Insane asylums in Bengal annual reports 1867-1875 - 1867-1875
Year: 1867
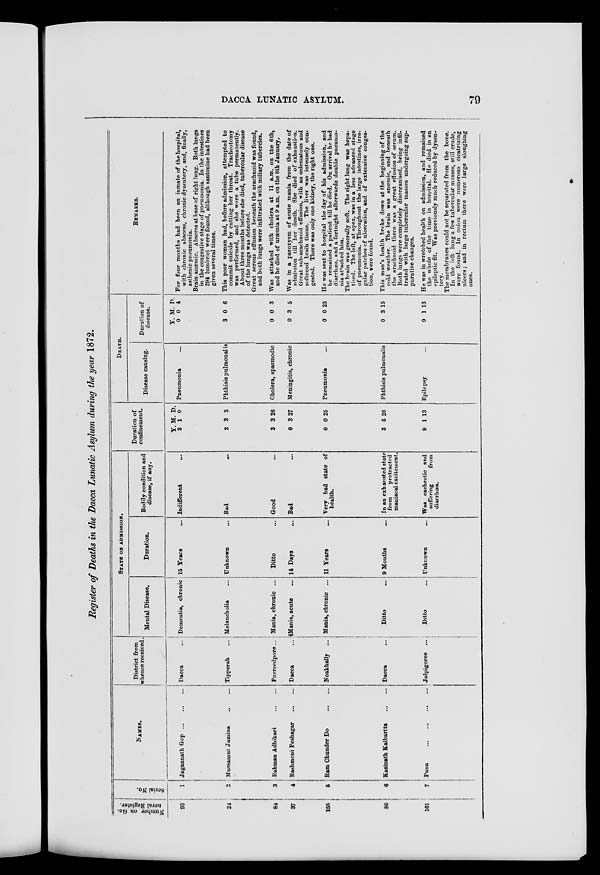
DACCA LUNATIC ASYLUM.
79
Register of Deaths in the Dacca Lunatic Asylum during the year 1872.
Number on Ge-
neral Register.
93
24
84
37
158
80
161
Serial No.
1
2
3
4
5
6
7
NAMES.
Jagannath Gop
...
...
...
Mussamut Jamina
...
...
Rahman Adhikari
...
...
Rashmoni Peshagar
...
...
Ram Chunder Do
...
...
Kasinath Kaibartta
...
...
Pusu
...
...
...
...
District from
whence received.
Dacca ...
Tipperah ...
Furreedpore ...
Dacca ...
Noakhally ...
Dacca ...
Julpigoree ...
STATE ON ADMISSION.
Mental Disease.
Dementia, chronic
Melancholia ...
Mania, chronic ...
Mania, acute ...
Mania, chronic ...
Ditto ...
Ditto ...
Duration.
15 Years ...
Unknown ...
Ditto ...
14 Days ...
11 Years ...
9 Months ...
Unknown ...
Bodily condition and
disease, if any.
Indifferent ...
Bad
...
Good ...
Bad ...
Very bad state of
health.
In an exhausted state
from
protracted
maniacal excitement.
Was cachectic and
suffering
from
diarrhœa.
Duration of
confinement.
Y.
3
2
3
0
0
3
9
M
1
3
3
3
0
5
1
D.
0
3
26
27
25
26
13
DEATH.
Disease causing.
Pneumonia ...
Phthisis pulmonalis
Cholera, spasmodic
Meningitis, chronic
Pneumonia ...
Phthisis pulmonalis
Epilepsy ...
Duration of
disease.
Y.
0
3
0
0
0
0
0
M.
0
0
0
3
0
3
1
D.
4
6
3
5
25
15
13
REMARKS.
For four months had been an inmate of the hospital,
with chronic abscess, chronic dysentery, and, finally,
asthenic pneumonia.
Brain anaemic. Abscess at base of right lung. Both lungs
in the congestive stage of pneumonia. In the intestines
294 lumbrici were found, although santonine had been
given several times.
This poor woman had, before admission, attempted to
commit suicide by cutting her throat. Tracheotomy
was performed, and she wore a tube permanently.
About three months before she died, tubercular disease
of the lungs was detected.
Great serous effusion beneath the arachnoid was found,
and both lungs were infiltrated with miliary tubercles.
Was attacked with cholera at 11 a.m. on the 6th,
and he died of uraemia at 9 a.m. on the 8th January.
Was in a paroxysm of acute mania from the date of
admission till her death. She died of exhaustion.
Great sub-arachnoid effusion, with an œdematous and
softened brain tissue. The liver was intensely con-
gested. There was only one kidney, the right one.
He was sent to hospital the day of his admission, and
he remained a patient till he died. On arrival he had
diarrhœa, and a fortnight afterwards double pneumo-
nia attacked him.
The brain was generally soft. The right lung was hepa-
tised. The left, at apex, was in a less advanced stage
of pneumonia. Throughout the large intestines, irre-
gular patches of ulceration, and of extensive conges-
tion, were found.
This man's health broke down at the beginning of the
cold weather. The brain was anæmic, and beneath
the arachnoid there was a great effusion of serum.
Both lungs were completely disorganised, being infil-
trated with large tubercular masses undergoing sup-
purative changes.
He was in wretched health on admission, and remained
the whole of the time in hospital. He died in an
epileptic fit. Was previously much reduced by dysen-
tery.
The membranes could not be separated from the bone.
In the left lung a few tubercular masses, still crude,
were found. In colon were numerous cicatrizing
ulcers; and in rectum there were large sloughing
ones.